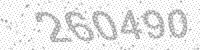
Solution: 260490